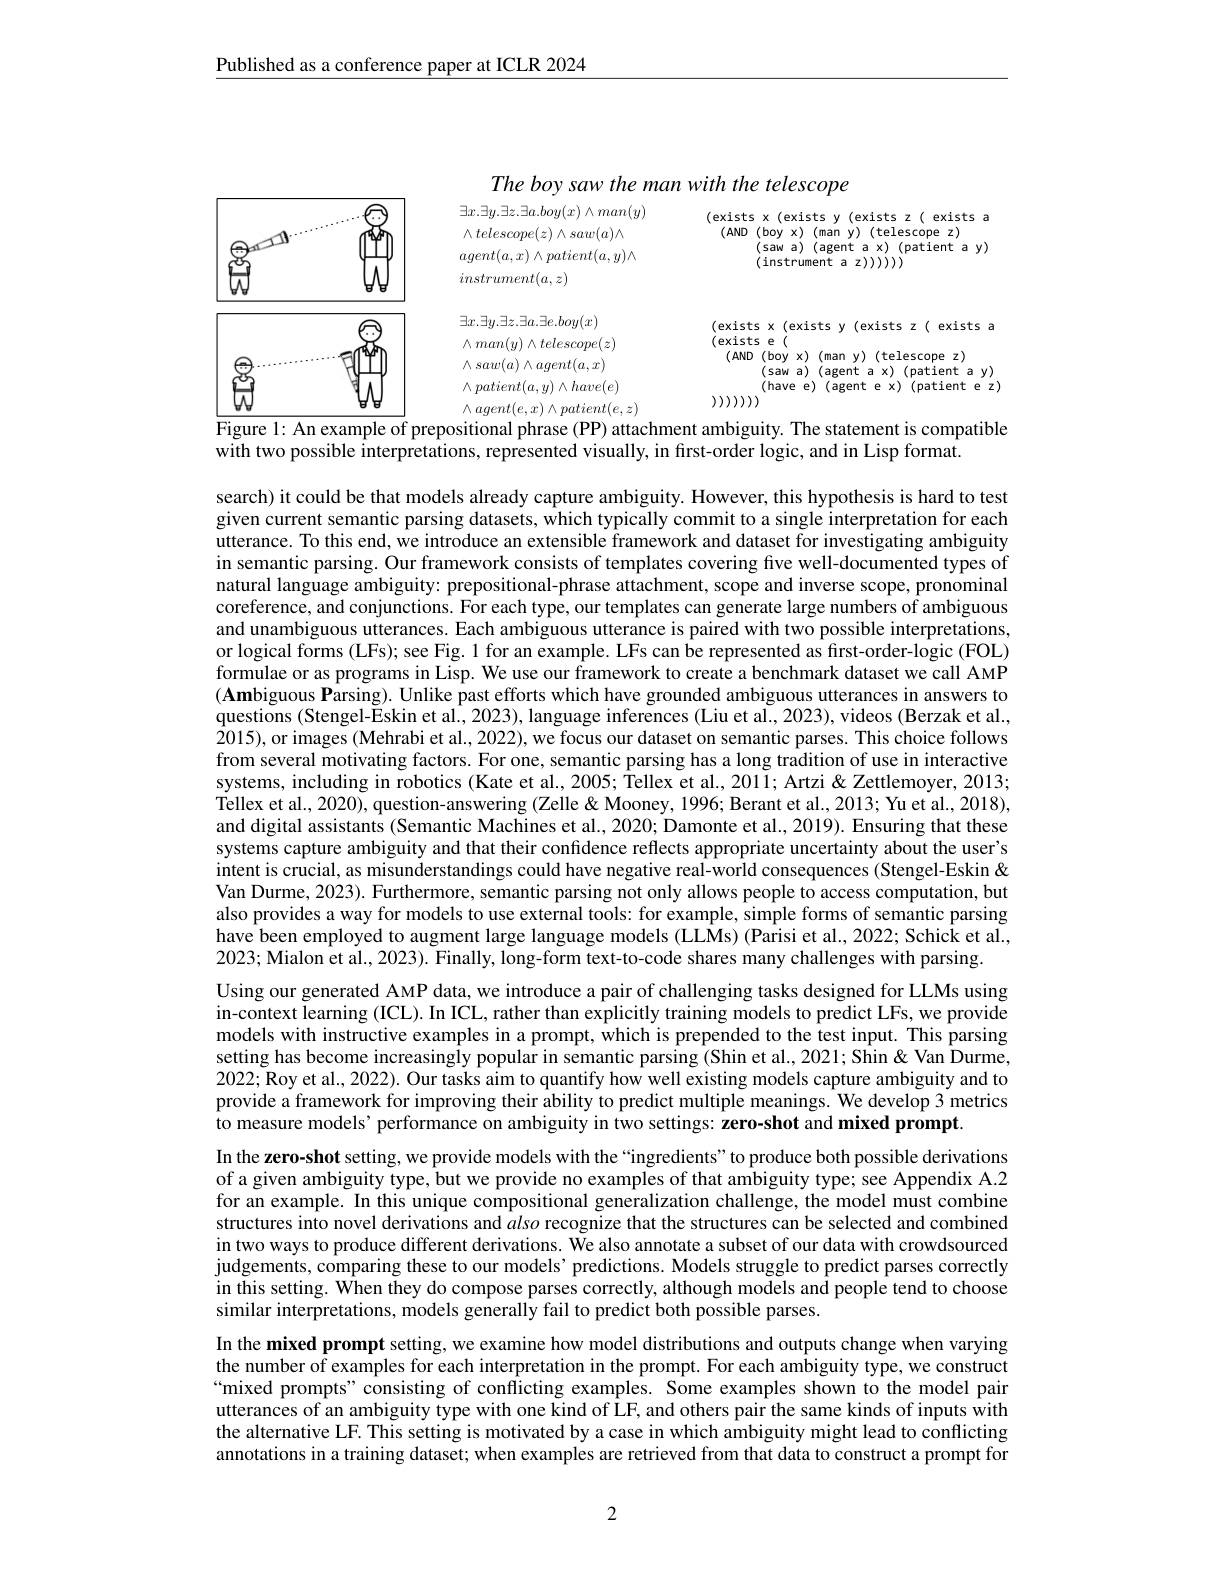
Published as a conference paper at ICLR 2024

<FigureHere>
Figure l: An example

The boy saw the man with the telescope
compatible

with two possible interpretations, represented visually, in first-order logic, and in Lisp format.

search) it could be that models already capture ambiguity. However, this hypothesis is hard to test given current semantic parsing datasets, which typically commit to a single interpretation for each utterance. To this end, we introduce an extensible framework and dataset for investigating ambiguity in semantic parsing. Our framework consists of templates covering five well-documented types of natural language ambiguity: prepositional-phrase attachment, scope and inverse scope, pronominal coreference, and conjunctions. For each type, our templates can generate large numbers of ambiguous and unambiguous utterances. Each ambiguous utterance is paired with two possible interpretations, or logical forms (LFs); see Fig. 1 for an example. LFs can be represented as first-order-logic (FOL) formulae or as programs in Lisp. We use our framework to create a benchmark dataset we call AMP $(\mathbf{Ambiguous~Parsing}).$ Unlike past efforts which have grounded ambiguous utterances in answers to questions (Stengel-Eskin et al., 2023), language inferences (Liu et al., 2023), videos (Berzak et al., 2015),or images (Mehrabi et al., 2022), we focus our dataset on semantic parses. This choice follows from several motivating factors. For one, semantic parsing has a long tradition of use in interactive systems, including in robotics (Kate et al., 2005; Tellex et al., 2011; Artzi & Zettlemoyer, 2013; Tellex et al., 2020), question-answering (Zelle & Mooney, 1996; Berant et al., 2013; Yu et al., 2018), and digital assistants (Semantic Machines et al., 2020; Damonte et al., 2019). Ensuring that these systems capture ambiguity and that their confidence reflects appropriate uncertainty about the user's intent is crucial, as misunderstandings could have negative real-world consequences (Stengel-Eskin & Van Durme, 2023). Furthermore, semantic parsing not only allows people to access computation, but also provides a way for models to use external tools: for example, simple forms of semantic parsing have been employed to augment large language models (LLMs) (Parisi et al., 2022; Schick et al., 2023; Mialon et al., 2023). Finally, long-form text-to-code shares many challenges with parsing.
Using our generated AMP data, we introduce a pair of challenging tasks designed for LLMs using in-context learning (ICL). In ICL, rather than explicitly training models to predict LFs, we provide models with instructive examples in a prompt, which is prepended to the test input. This parsing setting has become increasingly popular in semantic parsing (Shin et al., 2021; Shin & Van Durme, $2022;\tilde{\text{Roy et al., 2022). }}$Our tasks aim to quantify how well existing models capture ambiguity and to provide a framework for improving their ability to predict multiple meanings. We develop 3 metrics to measure models’ performance on ambiguity in two settings: zero-shot and mixed prompt.
In the zero-shot setting, we provide models with the “ingredients”to produce both possible derivations of a given ambiguity type, but we provide no examples of that ambiguity type; see Appendix A.2 for an example. In this unique compositional generalization challenge, the model must combine structures into novel derivations and also recognize that the structures can be selected and combined in two ways to produce different derivations. We also annotate a subset of our data with crowdsourced judgements, comparing these to our models’ predictions. Models struggle to predict parses correctly in this setting. When they do compose parses correctly, although models and people tend to choose similar interpretations, models generally fail to predict both possible parses.
In the mixed prompt setting, we examine how model distributions and outputs change when varying the number of examples for each interpretation in the prompt. For each ambiguity type, we construct “mixed prompts”consisting of conflicting examples. Some examples shown to the model pair utterances of an ambiguity type with one kind of LF, and others pair the same kinds of inputs with the alternative LF. This setting is motivated by a case in which ambiguity might lead to conflicting annotations in a training dataset; when examples are retrieved from that data to construct a prompt for

2